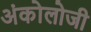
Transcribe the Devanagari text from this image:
अंकोलोजी